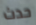
حدث